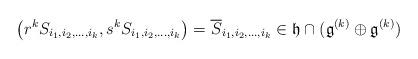
LaTeX: \begin{align*} \big( r^k S_{i_1,i_2,\dots,i_k} , s^k S_{i_1,i_2,\dots,i_k} \big)=\overline S_{i_1,i_2,\dots,i_k}\in\mathfrak h\cap (\mathfrak g^{(k)}\oplus\mathfrak g^{(k)} ) \end{align*}